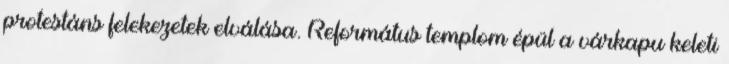
protestáns felekezetek elválása. Református templom épül a várkapu keleti